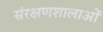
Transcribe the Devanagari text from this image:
संरक्षणशालाओं